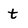
Character: t